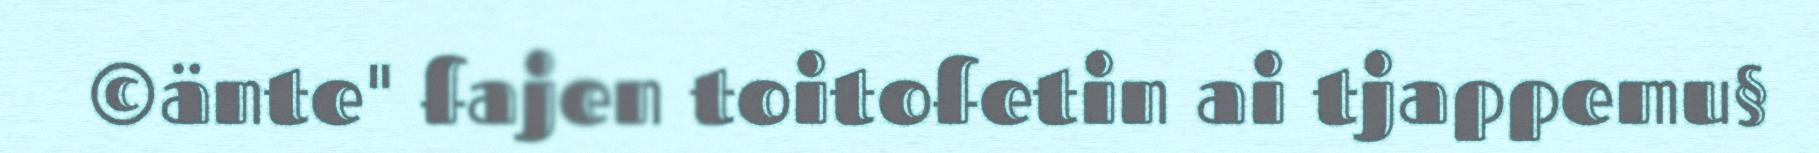
©änte" fajen toitofetin ai tjappemu§